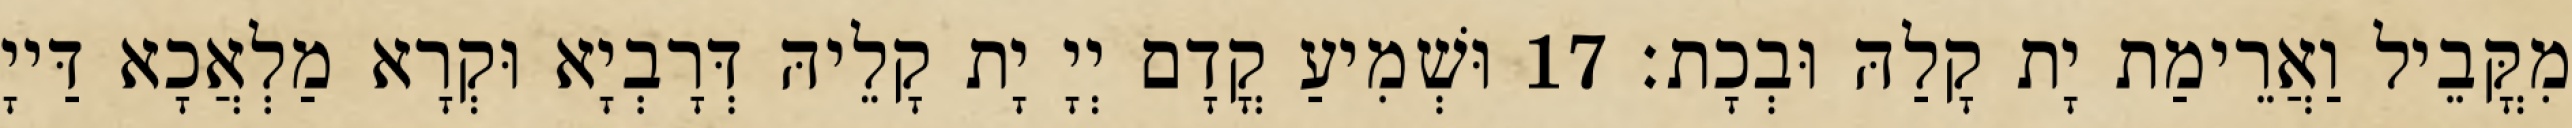
מִקֳּבֵיל וַאֲרֵימַת יָת קָלַהּ וּבְכָת׃ 17 וּשְׁמִיעַ קֳדָם יְיָ יָת קָלֵיהּ דְּרָבְיָא וּקְרָא מַלְאֲכָא דַּייָ